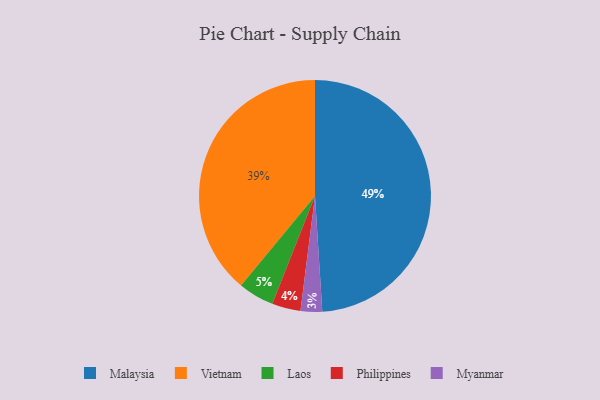
{"axis": {"x": "Category", "y": "Percentage"}, "legend": ["Laos", "Malaysia", "Myanmar", "Philippines", "Vietnam"], "data": [{"x": "Laos", "y": 5, "type": "Laos"}, {"x": "Philippines", "y": 4, "type": "Philippines"}, {"x": "Malaysia", "y": 49, "type": "Malaysia"}, {"x": "Vietnam", "y": 39, "type": "Vietnam"}, {"x": "Myanmar", "y": 3, "type": "Myanmar"}]}